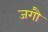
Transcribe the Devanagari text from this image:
जगौ